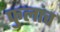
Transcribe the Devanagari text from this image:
फुलांच